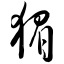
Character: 猸